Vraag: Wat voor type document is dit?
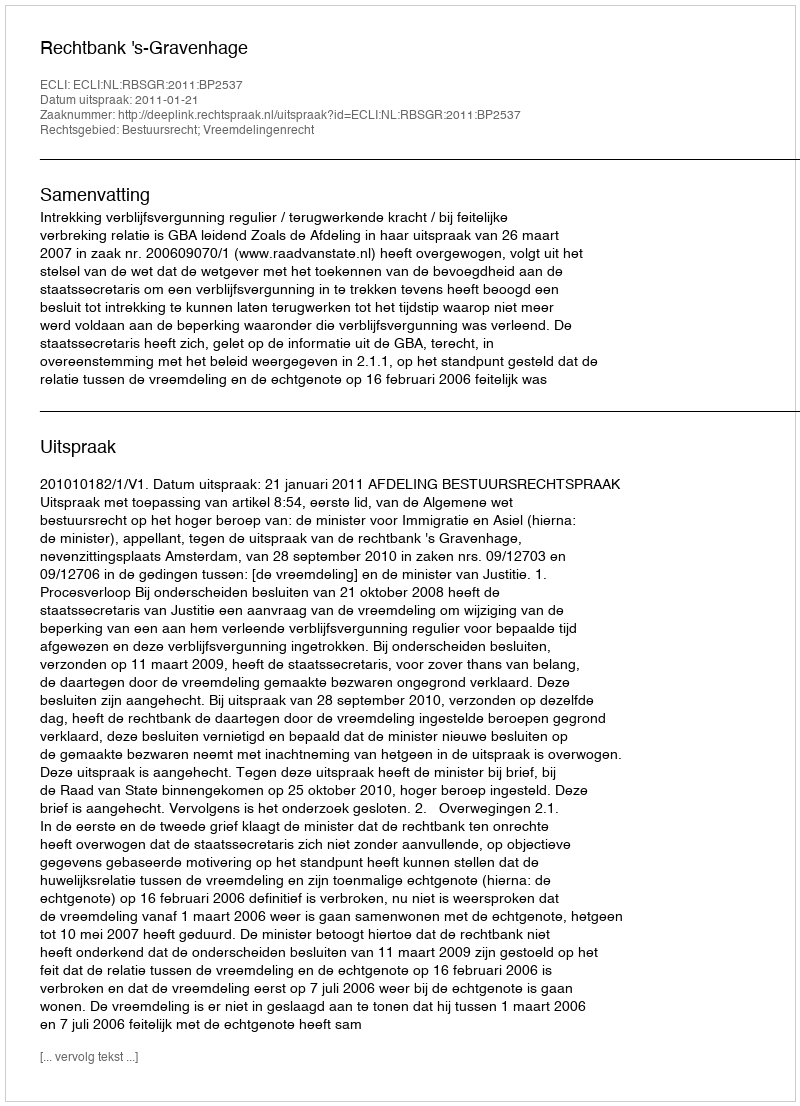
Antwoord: Uitspraak